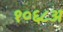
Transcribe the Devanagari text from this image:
१०६८अ